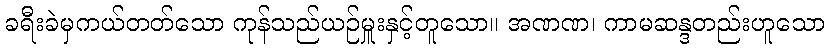
ခရီးခဲမှကယ်တတ်သော ကုန်သည်ယဉ်မှူးနှင့်တူသော။ အဏဏ၊ ကာမဆန္ဒတည်းဟူသော